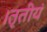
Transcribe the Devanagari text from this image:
।तृतीयं